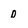
Character: D